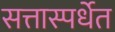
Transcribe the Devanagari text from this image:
सत्तास्पर्धेत